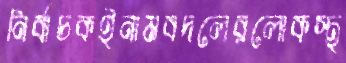
নির্বাচকইনামবদলেরলোকস্থ